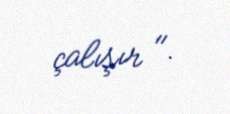
çalışır ".